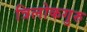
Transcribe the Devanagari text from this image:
त्रिलोकगुरु